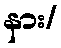
နား/